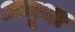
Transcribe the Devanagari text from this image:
अमूथा